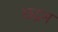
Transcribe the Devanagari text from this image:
छद्नम